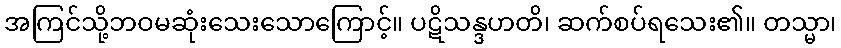
အကြင်သို့ဘဝမဆုံးသေးသောကြောင့်။ ပဋိသန္ဒဟတိ၊ ဆက်စပ်ရသေး၏။ တသ္မာ၊